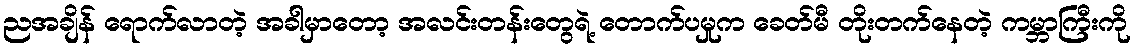
ညအချိန် ရောက်လာတဲ့ အခါမှာတော့ အလင်းတန်းတွေရဲ့ တောက်ပမှုက ခေတ်မီ တိုးတက်နေတဲ့ ကမ္ဘာကြီးကို